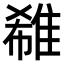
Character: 𨿕